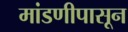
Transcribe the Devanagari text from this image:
मांडणीपासून